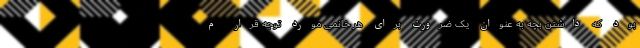
بود که داشتن بچه به عنوان یک ضرورت برای هر خانمی مورد توجه قرار م